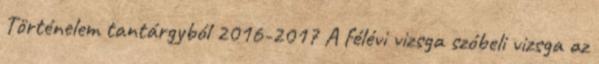
Történelem tantárgyból 2016-2017 A félévi vizsga szóbeli vizsga az